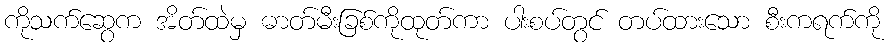
ကိုသက်ဆွေက အိတ်ထဲမှ ဓာတ်မီးခြစ်ကိုထုတ်ကာ ပါးစပ်တွင် တပ်ထားသော စီးကရက်ကို